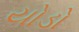
યોડો